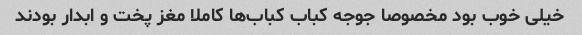
خیلی خوب بود مخصوصا جوجه کباب کباب‌ها کاملا مغز پخت و ابدار بودند